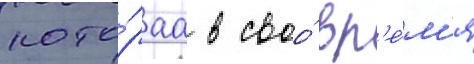
кото́раа в своо́ вр'е́м'я